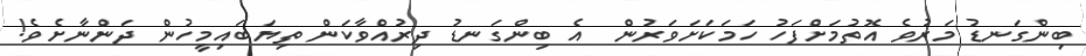
ބިންގަނޑު މަރުވެ އޮތުމަށްފަހު ހަމަކަށަވަރުން  އެ ބިންގަނޑު ދިރުއްވާކަން ތިޔަބައިމީހުން ދަންނާށެވެ!